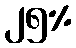
၂၅%